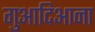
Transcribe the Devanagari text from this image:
गुआदिआना